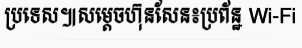
ប្រទេស៕សម្តេចហ៊ុនសែន៖ប្រព័ន្ឋ Wi-Fi